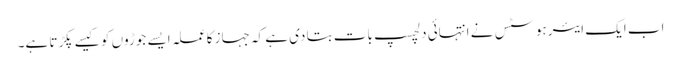
اب ایک ایئرہوسٹس نے انتہائی دلچسپ بات بتا دی ہے کہ جہاز کا عملہ ایسے جوڑوں کو کیسے پکڑتا ہے۔